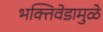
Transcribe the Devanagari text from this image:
भक्तिवेडामुळे